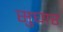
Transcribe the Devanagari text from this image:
सुघार